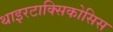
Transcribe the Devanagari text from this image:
थाइरटाक्सिकोसिस